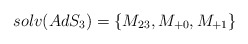
\begin{align*}solv(AdS_{3})=\left\{ M_{23},M_{+0},M_{+1}\right\}\end{align*}